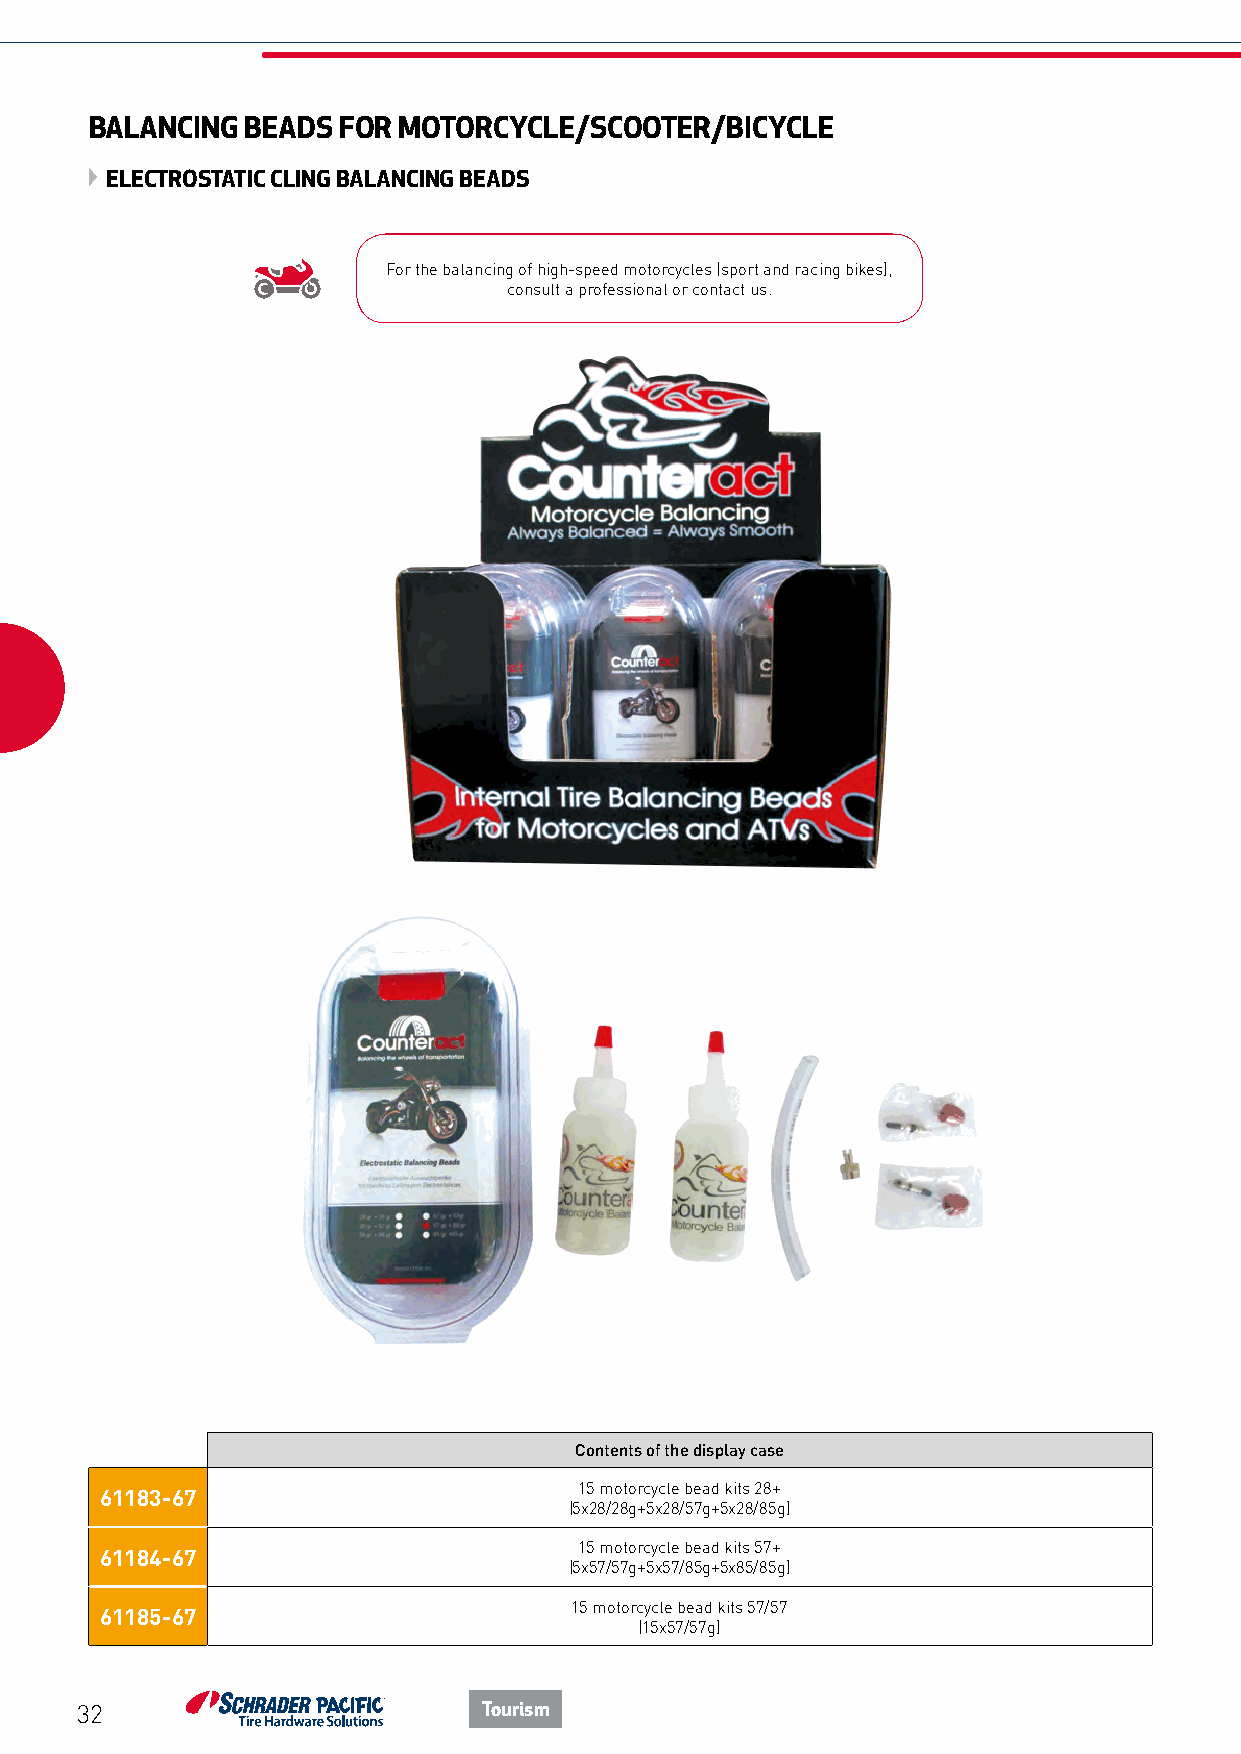
BALANCING BEADS FOR MOTORCYCLE/SCOOTER/BICYCLE
 ELECTROSTATIC CLING BALANCING BEADS
 For the balancing of high-speed motorcycles (sport and racing bikes),
 consult a professional or contact us.
 Contents of the display case
 15 motorcycle bead kits 28+
 61183-67
 (5x28/28g+5x28/57g+5x28/85g)
 15 motorcycle bead kits 57+
 61184-67
 (5x57/57g+5x57/85g+5x85/85g)
 15 motorcycle bead kits 57/57
 61185-67
 (15x57/57g)
 32                         Tourism